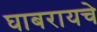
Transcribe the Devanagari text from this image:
घाबरायचे